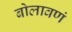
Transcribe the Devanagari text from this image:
बोलावणं